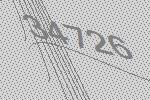
34726